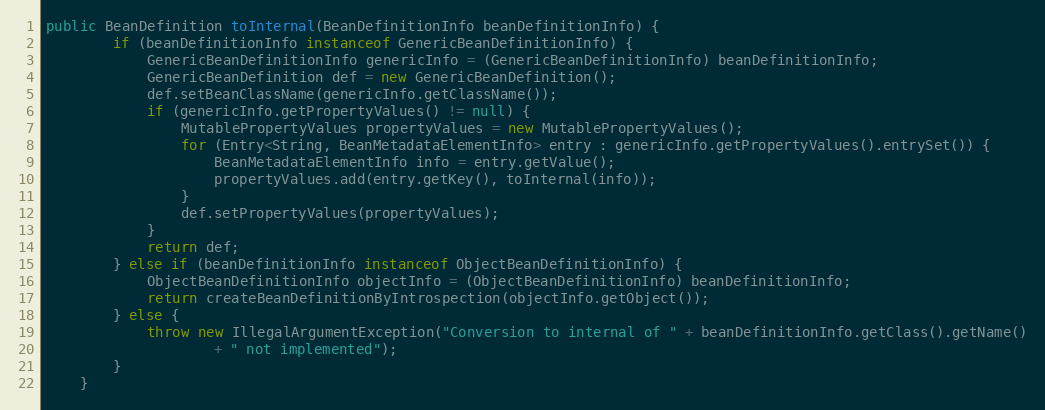
Language: Java
public BeanDefinition toInternal(BeanDefinitionInfo beanDefinitionInfo) {
		if (beanDefinitionInfo instanceof GenericBeanDefinitionInfo) {
			GenericBeanDefinitionInfo genericInfo = (GenericBeanDefinitionInfo) beanDefinitionInfo;
			GenericBeanDefinition def = new GenericBeanDefinition();
			def.setBeanClassName(genericInfo.getClassName());
			if (genericInfo.getPropertyValues() != null) {
				MutablePropertyValues propertyValues = new MutablePropertyValues();
				for (Entry<String, BeanMetadataElementInfo> entry : genericInfo.getPropertyValues().entrySet()) {
					BeanMetadataElementInfo info = entry.getValue();
					propertyValues.add(entry.getKey(), toInternal(info));
				}
				def.setPropertyValues(propertyValues);
			}
			return def;
		} else if (beanDefinitionInfo instanceof ObjectBeanDefinitionInfo) {
			ObjectBeanDefinitionInfo objectInfo = (ObjectBeanDefinitionInfo) beanDefinitionInfo;
			return createBeanDefinitionByIntrospection(objectInfo.getObject());
		} else {
			throw new IllegalArgumentException("Conversion to internal of " + beanDefinitionInfo.getClass().getName()
					+ " not implemented");
		}
	}